Problem: 4 × 10 = ?
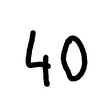
Handwritten answer: 40